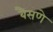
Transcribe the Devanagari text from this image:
बैसणे